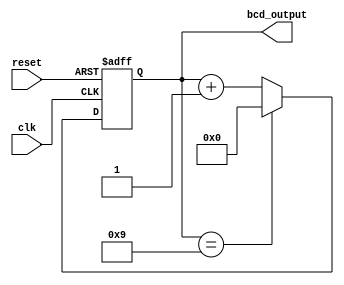
module bcd_counter (
  input wire clk,
  input wire reset,
  output reg [3:0] bcd_output
);

reg [3:0] bcd_reg;

always @(posedge clk or posedge reset)
begin
  if (reset)
    bcd_reg <= 4'b0;
  else if (bcd_reg == 4'b1001)
    bcd_reg <= 4'b0;
  else
    bcd_reg <= bcd_reg + 1;
end

assign bcd_output = bcd_reg;

endmodule